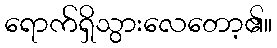
ရောက်ရှိသွားလေတော့၏။